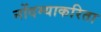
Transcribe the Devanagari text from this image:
नोंदम्याकरिता